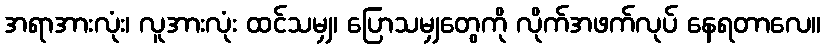
အရာအားလုံး၊ လူအားလုံး ထင်သမျှ၊ ပြောသမျှတွေကို လိုက်အဖက်လုပ် နေရတာလေ။